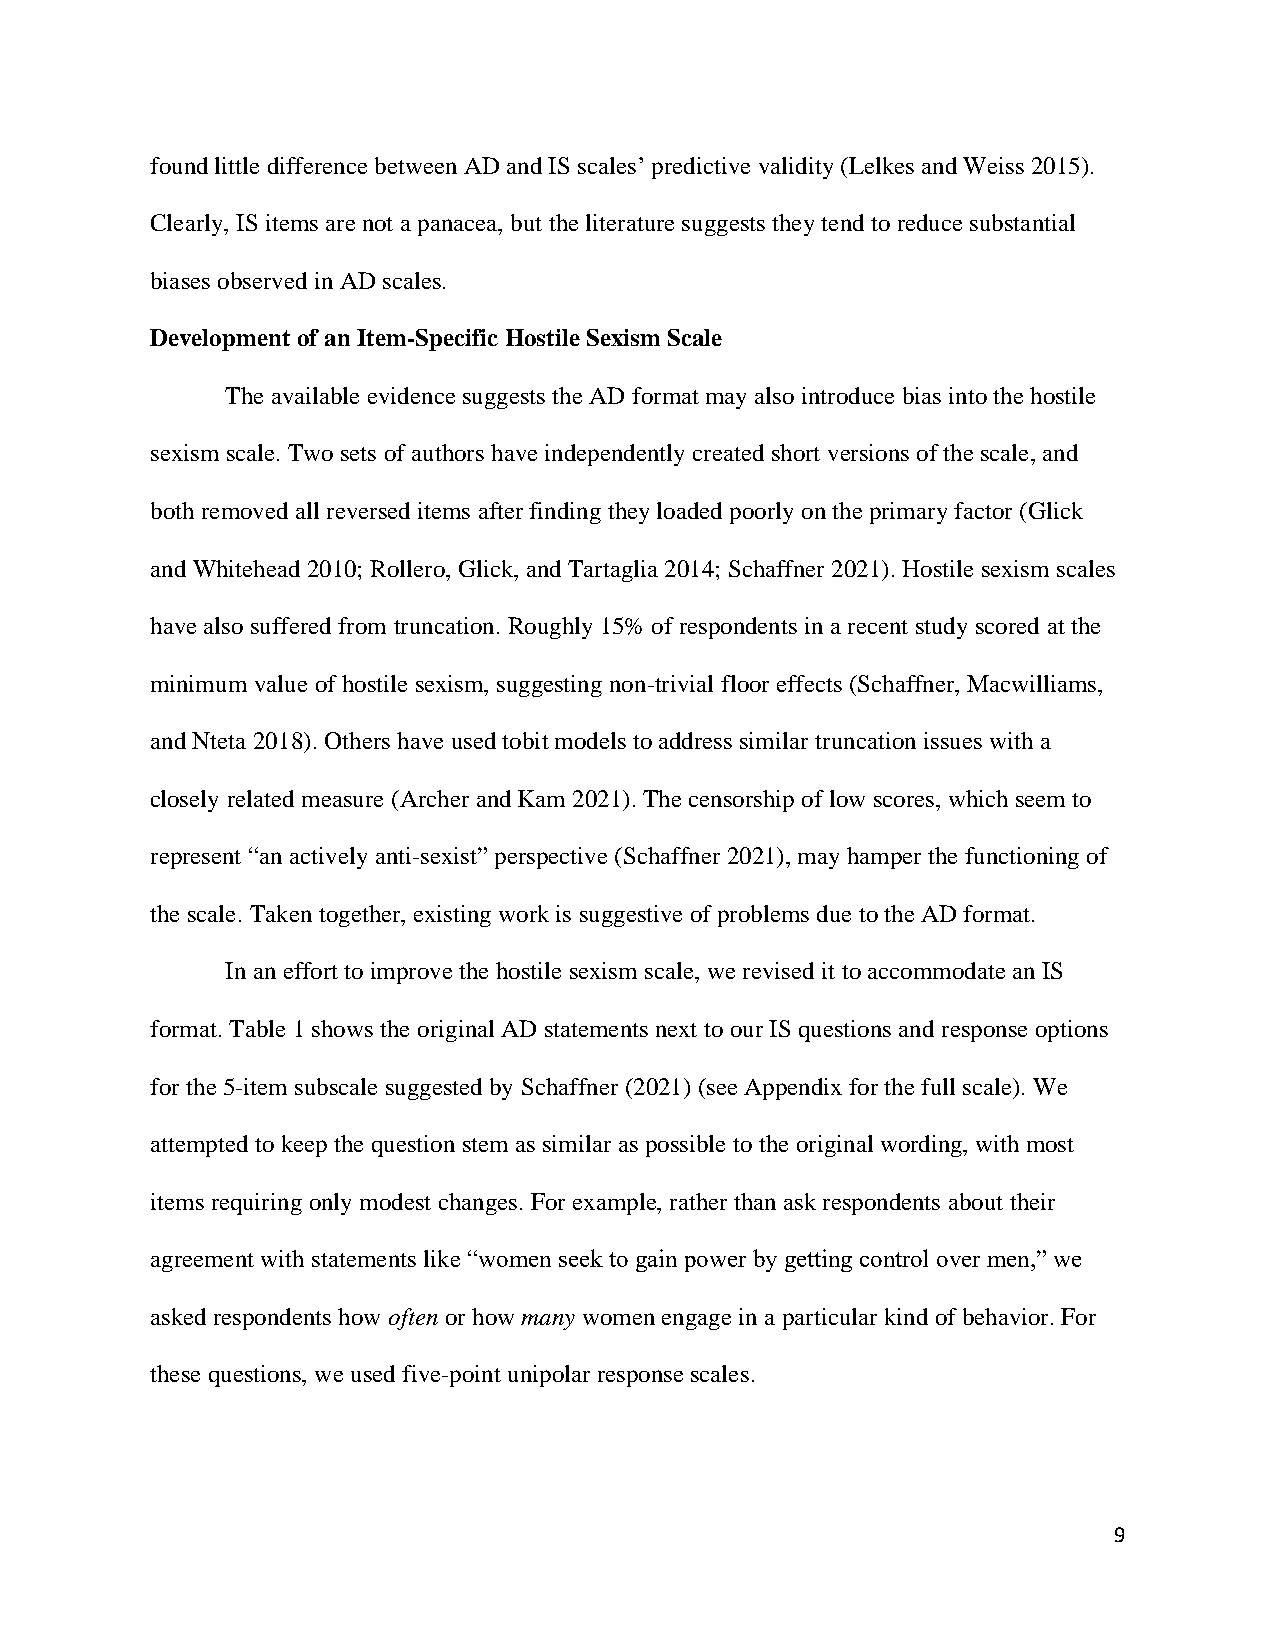
found little difference between AD and IS scales’ predictive validity (Lelkes and Weiss 2015).
 Clearly, IS items are not a panacea, but the literature suggests they tend to reduce substantial
 biases observed in AD scales.
 Development of an Item-Specific Hostile Sexism Scale
 The available evidence suggests the AD format may also introduce bias into the hostile
 sexism scale. Two sets of authors have independently created short versions of the scale, and
 both removed all reversed items after finding they loaded poorly on the primary factor (Glick
 and Whitehead 2010; Rollero, Glick, and Tartaglia 2014; Schaffner 2021). Hostile sexism scales
 have also suffered from truncation. Roughly 15% of respondents in a recent study scored at the
 minimum value of hostile sexism, suggesting non-trivial floor effects (Schaffner, Macwilliams,
 and Nteta 2018). Others have used tobit models to address similar truncation issues with a
 closely related measure (Archer and Kam 2021). The censorship of low scores, which seem to
 represent “an actively anti-sexist” perspective (Schaffner 2021), may hamper the functioning of
 the scale. Taken together, existing work is suggestive of problems due to the AD format.
 In an effort to improve the hostile sexism scale, we revised it to accommodate an IS
 format. Table 1 shows the original AD statements next to our IS questions and response options
 for the 5-item subscale suggested by Schaffner (2021) (see Appendix for the full scale). We
 attempted to keep the question stem as similar as possible to the original wording, with most
 items requiring only modest changes. For example, rather than ask respondents about their
 agreement with statements like “women seek to gain power by getting control over men,” we
 asked respondents how often or how many women engage in a particular kind of behavior. For
 these questions, we used five-point unipolar response scales.
 9